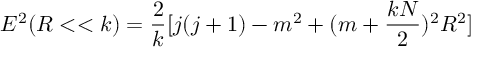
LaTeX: E ^ { 2 } ( R < < k ) = \frac { 2 } { k } [ j ( j + 1 ) - m ^ { 2 } + ( m + \frac { k N } { 2 } ) ^ { 2 } R ^ { 2 } ]